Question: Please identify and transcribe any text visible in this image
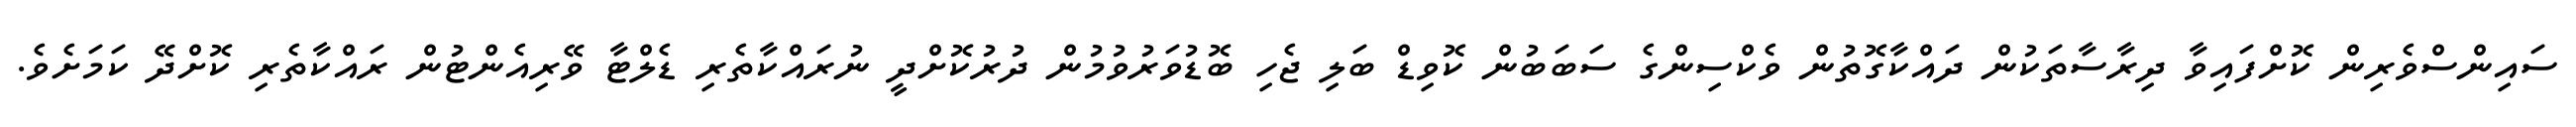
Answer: ސައިންސްވެރިން ކޮށްފައިވާ ދިރާސާތަކުން ދައްކާގޮތުން ވެކްސިންގެ ސަބަބުން ކޮވިޑް ބަލި ޖެހި ބޮޑުވަރުވުމުން ދުރުކޮށްދީ ނުރައްކާތެރި ޑެލްޓާ ވޭރިއެންޓުން ރައްކާތެރި ކޮށްދޭ ކަމަށެވެ.